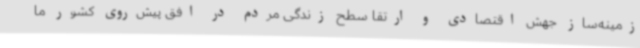
زمینه‌ساز جهش اقتصادی و ارتقا سطح زندگی مردم در افق پیش‌روی کشور ما